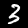
Digit: 3